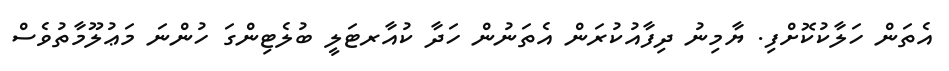
އެތަން ހަލާކުކޮށްފި. ޔާމިނު ދިފާއުކުރަން އެތަނުން ހަދާ ކުއާރޓަލީ ބުލެޓިންގަ ހުންނަ މަޢުލޫމާތުވެސް